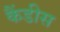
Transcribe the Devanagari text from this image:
कैंडीस